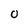
Character: 0